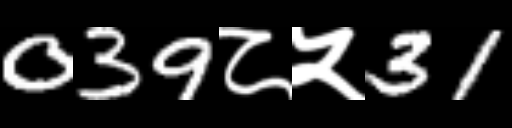
Text: 039८५31